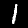
Label: 1